Mental hospitals Bombay report 1929-33 - 1929-1933
Year: 1929
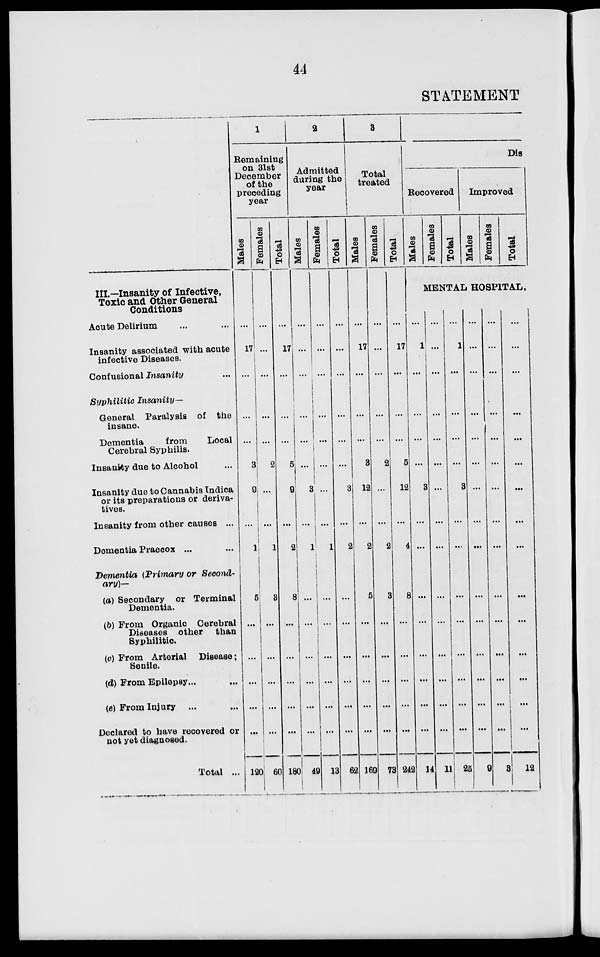
44
STATEMENT
III.—Insanity of Infective,
Toxic and Other General
Conditions
Acute Delirium ... ...
Insanity associated with acute
infective Diseases.
Confusional Insanity ...
Syphilitic Insanity––
General Paralysis of the
insane.
Dementia
from
Local
Cerebral Syphilis.
Insanity due to Alcohol ...
Insanity due to Cannabis Indica
or its preparations or deriva-
tives.
Insanity from other causes ...
Dementia Praecox ... ...
Dementia (Primary or Second-
ary)—
(a) Secondary or Terminal
Dementia.
(b) From Organic Cerebral
Diseases other
than
Syphilitic
(c) From Arterial Disease ;
Senile.
(d) From Epilepsy ... ...
(e) From Injury ... ...
Doclared to have recovered or
not yet diagnosed.
Total ...
1
Remaining
on 31st
December
of the
preceding
year
Males
...
17
...
...
...
3
9
...
1
5
...
...
...
...
...
120
Females
...
...
...
...
...
2
...
...
1
3
...
...
...
...
...
60
Total
...
17
...
...
...
5
9
...
2
8
...
...
...
...
...
180
2
Admitted
during the
year
Males
...
...
...
...
...
...
3
...
1
...
...
...
...
...
...
49
Females
...
...
...
...
...
...
...
...
1
...
...
...
...
...
...
13
Total
...
...
...
...
...
...
3
...
2
...
...
...
...
...
...
62
3
Total
treated
Males
...
17
...
...
...
3
12
...
2
5
...
...
...
...
...
169
Females
...
...
...
...
...
2
...
...
2
3
...
...
...
...
...
73
Total
...
17
...
...
...
5
12
...
4
8
...
...
...
...
...
242
Dis
Recovered
Males
Females
Total
Improved
Males
Females
Total
MENTAL HOSPITAL.
...
1
...
...
...
...
3
...
...
...
...
...
...
...
...
14
...
...
...
...
...
...
...
...
...
...
...
...
...
...
...
11
...
1
...
...
...
...
3
...
...
...
...
...
...
...
...
25
...
...
...
...
...
...
...
...
...
...
...
...
...
...
...
9
...
...
...
...
...
...
...
...
...
...
...
...
...
...
...
3
...
...
...
...
...
...
...
...
...
...
...
...
...
...
...
12